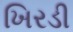
ખિરડી